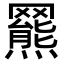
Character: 𦌲